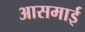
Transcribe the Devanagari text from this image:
आसमाई